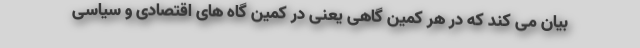
بیان می کند که در هر کمین گاهی یعنی در کمین گاه های اقتصادی و سیاسی